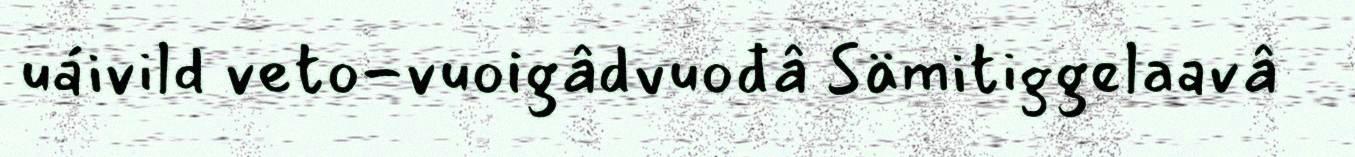
uáivild veto-vuoigâdvuođâ Sämitiggelaavâ